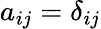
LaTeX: a_{ij}=\delta_{ij}